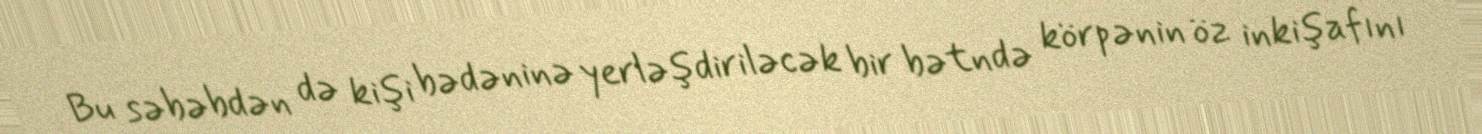
Bu səbəbdən də kişi bədəninə yerləşdiriləcək bir bətndə körpənin öz inkişafını